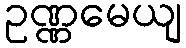
ဥဏ္ဏမေယျ